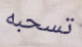
تسحبه